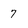
Character: 7